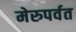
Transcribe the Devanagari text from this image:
मेरुपर्वत